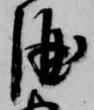
酒